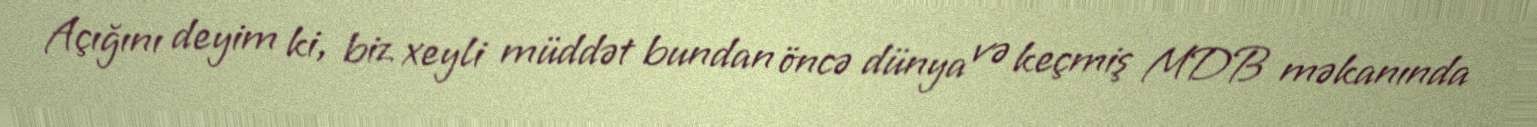
Açığını deyim ki, biz xeyli müddət bundan öncə dünya və keçmiş MDB məkanında